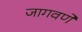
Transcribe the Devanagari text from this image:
जागवणे